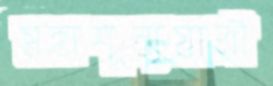
মহাশূন্যযাত্রী